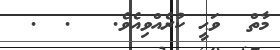
މާތް  ވަޙީ ކުރެއްވިއެވެ.   .  .